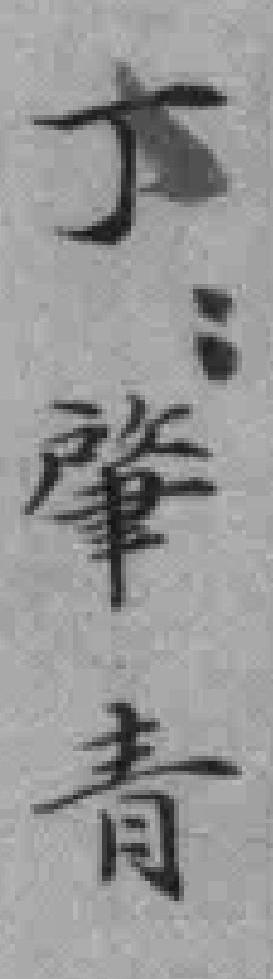
丁肇青